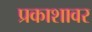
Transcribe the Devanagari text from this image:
प्रकाशावर